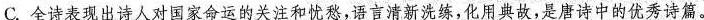
C.全诗表现出诗人对国家命运的关注和忧愁，语言清新洗练，化用典故，是唐诗中的优秀诗篇。